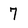
Character: 7